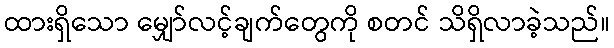
ထားရှိသော မျှော်လင့်ချက်တွေကို စတင် သိရှိလာခဲ့သည်။